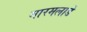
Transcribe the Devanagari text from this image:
मारमलाडे